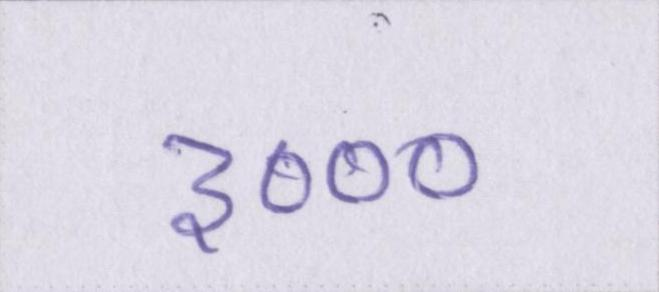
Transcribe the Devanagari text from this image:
३०००